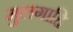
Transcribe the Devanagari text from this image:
मुलगाहि